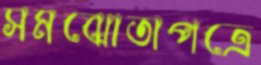
সমঝোতাপত্রে